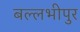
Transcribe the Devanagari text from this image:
बल्लभीपुर